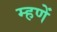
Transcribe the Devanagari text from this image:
म्हणें